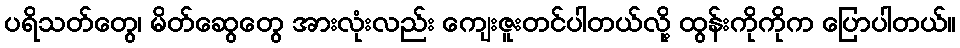
ပရိသတ်တွေ၊ မိတ်ဆွေတွေ အားလုံးလည်း ကျေးဇူးတင်ပါတယ်လို့ ထွန်းကိုကိုက ပြောပါတယ်။